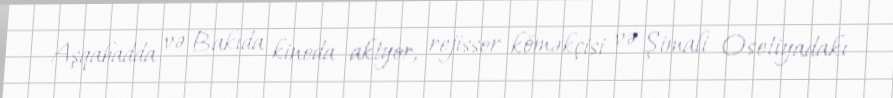
Aşqabadda və Bakıda kinoda aktyor, rejissor köməkçisi və Şimali Osetiyadakı